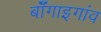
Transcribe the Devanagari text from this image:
बॉँगाइगांव